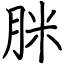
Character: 脒